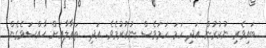
ބައިވެރި ނުކުރުން އަދި ހަމަ ހަމަވެސް ނުކުރުމެވެ. އަދި  ތަޢާލާއަށް ޙާއްސަވެގެން